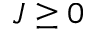
J \ge 0